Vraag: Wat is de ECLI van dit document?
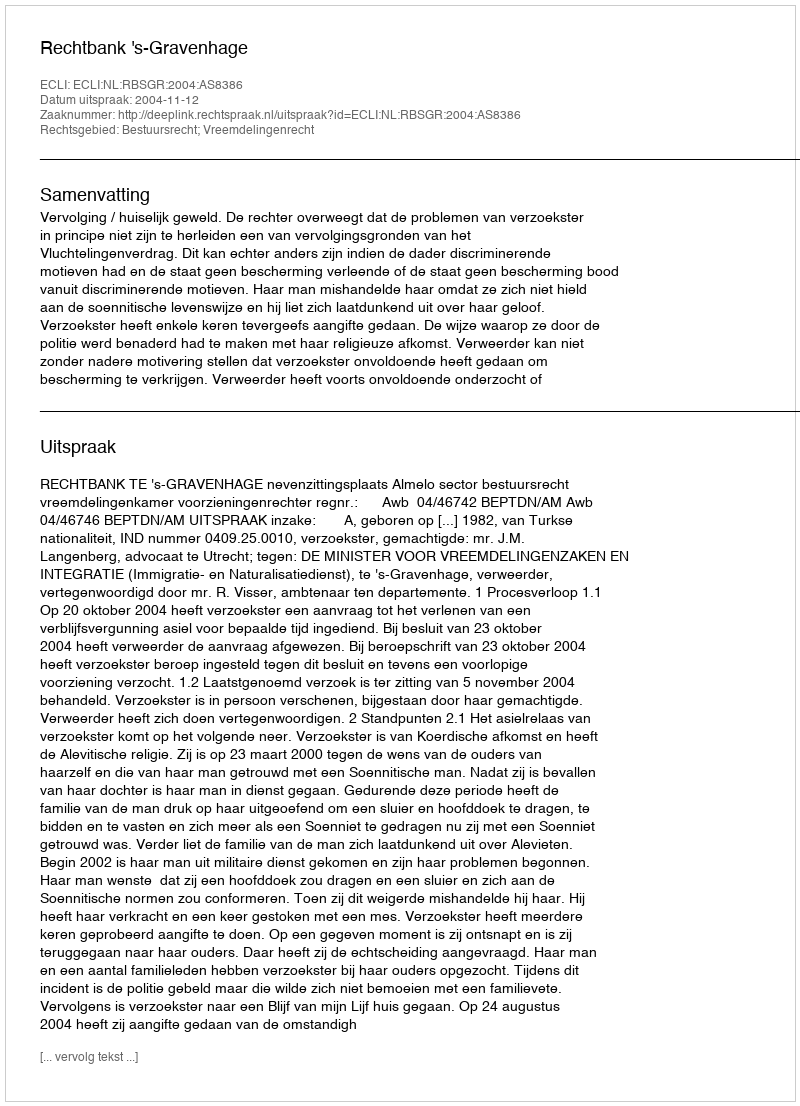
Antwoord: ECLI:NL:RBSGR:2004:AS8386